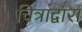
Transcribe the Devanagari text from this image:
चित्रांद्वारा